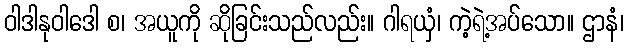
ဝါဒါနုဝါဒေါ စ၊ အယူကို ဆိုခြင်းသည်လည်း။ ဂါရယှံ၊ ကဲ့ရဲ့အပ်သော။ ဌာနံ၊